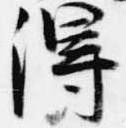
得